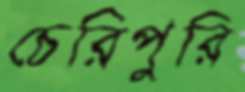
চেরিপুরি